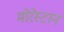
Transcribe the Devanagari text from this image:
मोरेस्टान